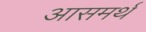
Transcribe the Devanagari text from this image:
आसमर्थ